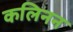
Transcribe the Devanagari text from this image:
कलिनन